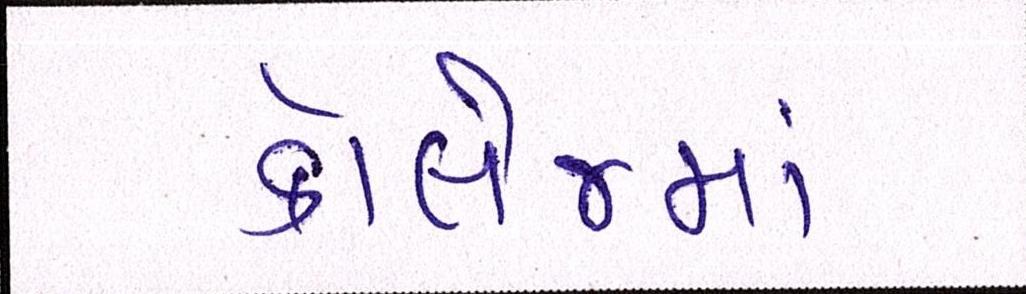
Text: કૉલેજમાં